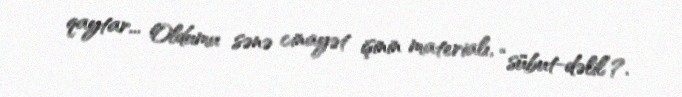
qaytar... Oldumu sənə cinayət işinin materialı, “sübut-dəlil”?.